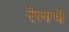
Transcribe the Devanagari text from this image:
रेलचे